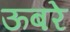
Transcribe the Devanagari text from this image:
ऊबरे